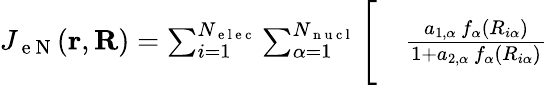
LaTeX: \begin{array}{rl}{J_{\mathrm{~e~N~}}(\mathbf{r},\mathbf{R})=\sum_{i=1}^{N_{\mathrm{~e~l~e~c~}}}\sum_{\alpha=1}^{N_{\mathrm{~n~u~c~l~}}}\Bigg[}&{{}\frac{a_{1,\alpha}\, f_{\alpha}(R_{i\alpha})}{1+a_{2,\alpha}\, f_{\alpha}(R_{i\alpha})}}\end{array}